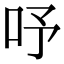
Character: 𠰄